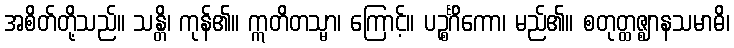
အစိတ်တို့သည်။ သန္တိ၊ ကုန်၏။ ဣတိတသ္မာ၊ ကြောင့်။ ပဉ္စင်္ဂိကော၊ မည်၏။ စတုတ္ထဇ္ဈာနသမာဓိ၊